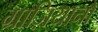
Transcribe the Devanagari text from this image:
ग्राज़ियानो